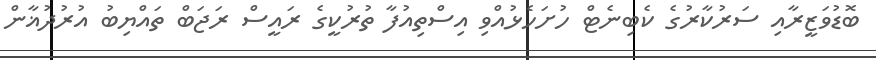
ބޮޑުވަޒީރާއި ސަރުކާރުގެ ކެބިނެޓް ހުށަހެޅުއްވި އިސްތިއުފާ ތުރުކީގެ ރައީސް ރަޖަބް ތައްޔިބު އުރުދުޣާން